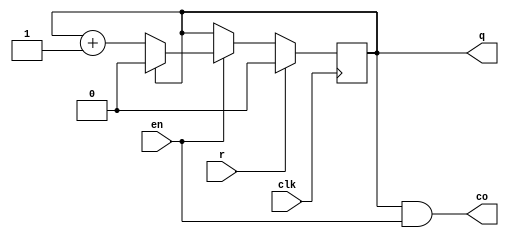
//////////////////////////////////////////////////////////////
// Company:zju 
/////////////////////////////////////////////////////////////
module counter_n(clk,en,r,q,co);
  parameter  n=2; //n   
  parameter  counter_bits=1;//counter_bits 
  input   clk,en,r ;
  output  co;
  output [counter_bits-1:0]  q;
  reg [counter_bits-1:0]  q=0;
  assign  co=(q==(n-1)) && en;//
  always @(posedge clk) 
  begin
      if(r) q=0;
	  else if(en)  //en=1,cen=0,
	          begin	 
                if(q==(n-1))  q=0 ;
                else q=q+1;		 
              end
  end
endmodule